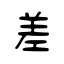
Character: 差